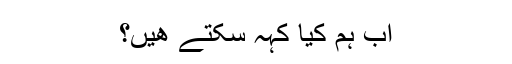
اب ہم کیا کہہ سکتے ھیں؟